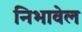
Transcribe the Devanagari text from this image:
निभावेल